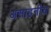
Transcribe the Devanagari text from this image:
असाहनीय